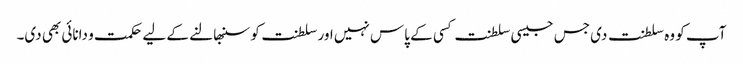
آپ کو وہ سلطنت دی جس جیسی سلطنت کسی کے پاس نہیں اور سلطنت کو سنبھالنے کے لیے حکمت و دانائی بھی دی۔